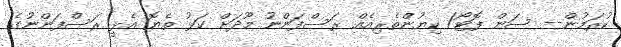
ކުރަމުން-- ސަން ފޮޓޯ/ ކިޔުންތެރިއެއް ރަސްފަންނު މޫދަށް ކަޅު ތެޔޮ އެޅީ ރަސްފަންނުގެ